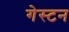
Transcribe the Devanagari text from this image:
गेस्टन